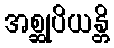
အစ္ဆုပိယန္တိ